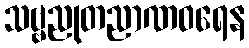
သဗ္ဗညုတညာဏဝရေန